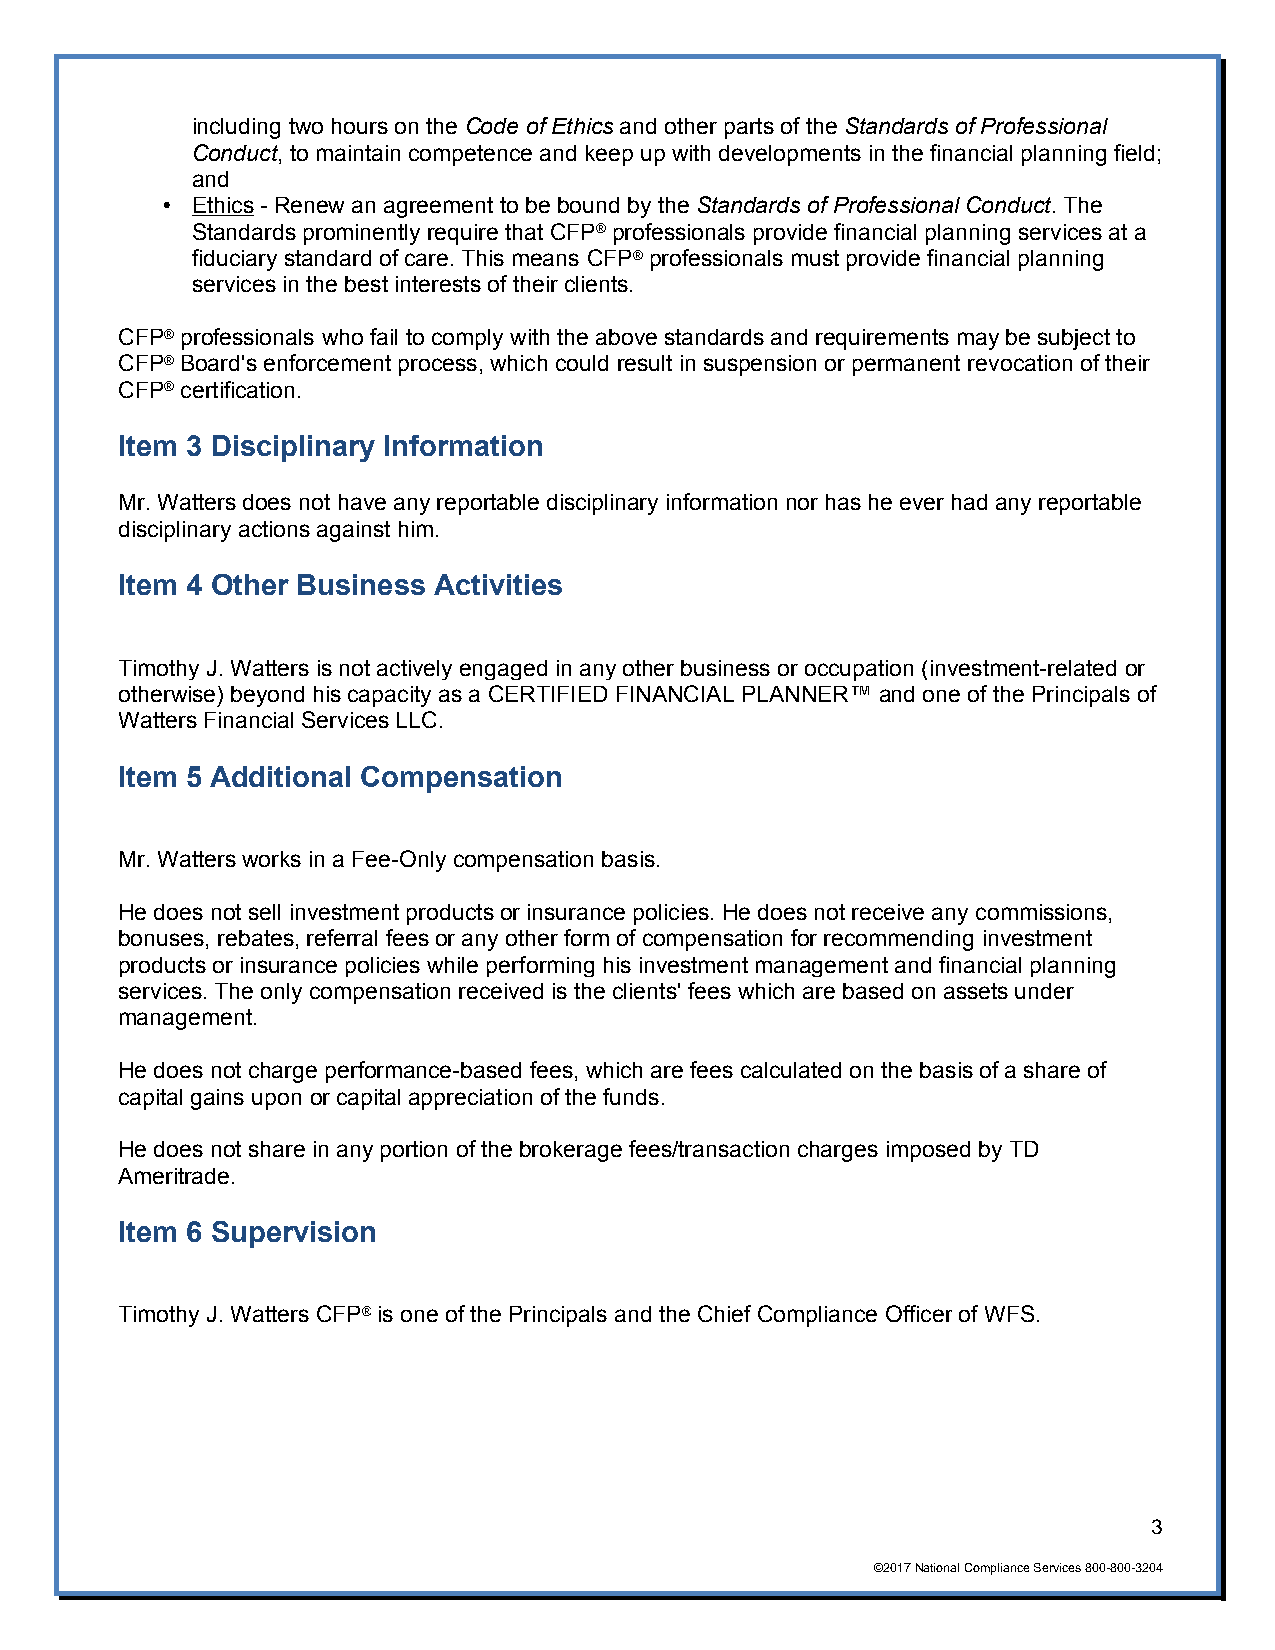
including two hours on the Code of Ethics and other parts of the Standards of Professional
 Conduct, to maintain competence and keep up with developments in the financial planning field;
 and
 • Ethics - Renew an agreement to be bound by the Standards of Professional Conduct. The
 Standards prominently require that CFP® professionals provide financial planning services at a
 fiduciary standard of care. This means CFP® professionals must provide financial planning
 services in the best interests of their clients.
 CFP® professionals who fail to comply with the above standards and requirements may be subject to
 CFP® Board's enforcement process, which could result in suspension or permanent revocation of their
 CFP® certification.
 Item 3 Disciplinary Information
 Mr. Watters does not have any reportable disciplinary information nor has he ever had any reportable
 disciplinary actions against him.
 Item 4 Other Business Activities
 Timothy J. Watters is not actively engaged in any other business or occupation (investment-related or
 otherwise) beyond his capacity as a CERTIFIED FINANCIAL PLANNER™ and one of the Principals of
 Watters Financial Services LLC.
 Item 5 Additional Compensation
 Mr. Watters works in a Fee-Only compensation basis.
 He does not sell investment products or insurance policies. He does not receive any commissions,
 bonuses, rebates, referral fees or any other form of compensation for recommending investment
 products or insurance policies while performing his investment management and financial planning
 services. The only compensation received is the clients' fees which are based on assets under
 management.
 He does not charge performance-based fees, which are fees calculated on the basis of a share of
 capital gains upon or capital appreciation of the funds.
 He does not share in any portion of the brokerage fees/transaction charges imposed by TD
 Ameritrade.
 Item 6 Supervision
 Timothy J. Watters CFP® is one of the Principals and the Chief Compliance Officer of WFS.
 3
 ©2017 National Compliance Services 800-800-3204